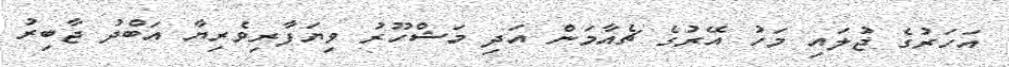
އަހަރުގެ ޖުލައި މަހު އޭރުގެ ޗެއާމަން އަދި މަޝްހޫރު ވިޔަފާރިވެރިޔާ އަބްދު ޖާބިރު